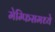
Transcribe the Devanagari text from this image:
मेम्फिसमध्ये